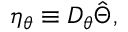
\eta _ { \theta } \equiv D _ { \theta } \hat { \Theta } ,